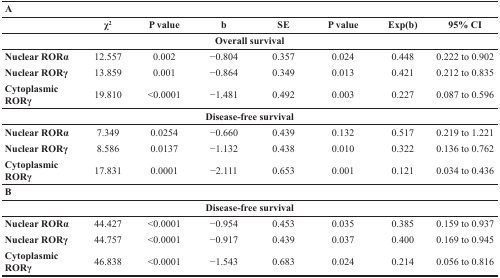
| <COLSPAN=8> A |
 |  | χ2 | P value | b | SE | P value | Exp(b) | 95% CI |
 | --- | --- | --- | --- | --- | --- | --- | --- |
 | <COLSPAN=8> Overall survival |
 | Nuclear RORα | 12.557 | 0.002 | −0.804 | 0.357 | 0.024 | 0.448 | 0.222 to 0.902 |
 | Nuclear RORγ | 13.859 | 0.001 | −0.864 | 0.349 | 0.013 | 0.421 | 0.212 to 0.835 |
 | Cytoplasmic RORγ | 19.810 | <0.0001 | −1.481 | 0.492 | 0.003 | 0.227 | 0.087 to 0.596 |
 | <COLSPAN=8> Disease-free survival |
 | Nuclear RORα | 7.349 | 0.0254 | −0.660 | 0.439 | 0.132 | 0.517 | 0.219 to 1.221 |
 | Nuclear RORγ | 8.586 | 0.0137 | −1.132 | 0.438 | 0.010 | 0.322 | 0.136 to 0.762 |
 | Cytoplasmic RORγ | 17.831 | 0.0001 | −2.111 | 0.653 | 0.001 | 0.121 | 0.034 to 0.436 |
 | <COLSPAN=8> B |
 | <COLSPAN=8> Disease-free survival |
 | Nuclear RORα | 44.427 | <0.0001 | −0.954 | 0.453 | 0.035 | 0.385 | 0.159 to 0.937 |
 | Nuclear RORγ | 44.757 | <0.0001 | −0.917 | 0.439 | 0.037 | 0.400 | 0.169 to 0.945 |
 | Cytoplasmic RORγ | 46.838 | <0.0001 | −1.543 | 0.683 | 0.024 | 0.214 | 0.056 to 0.816 |